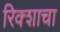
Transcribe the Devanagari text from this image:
रिक्शाचा